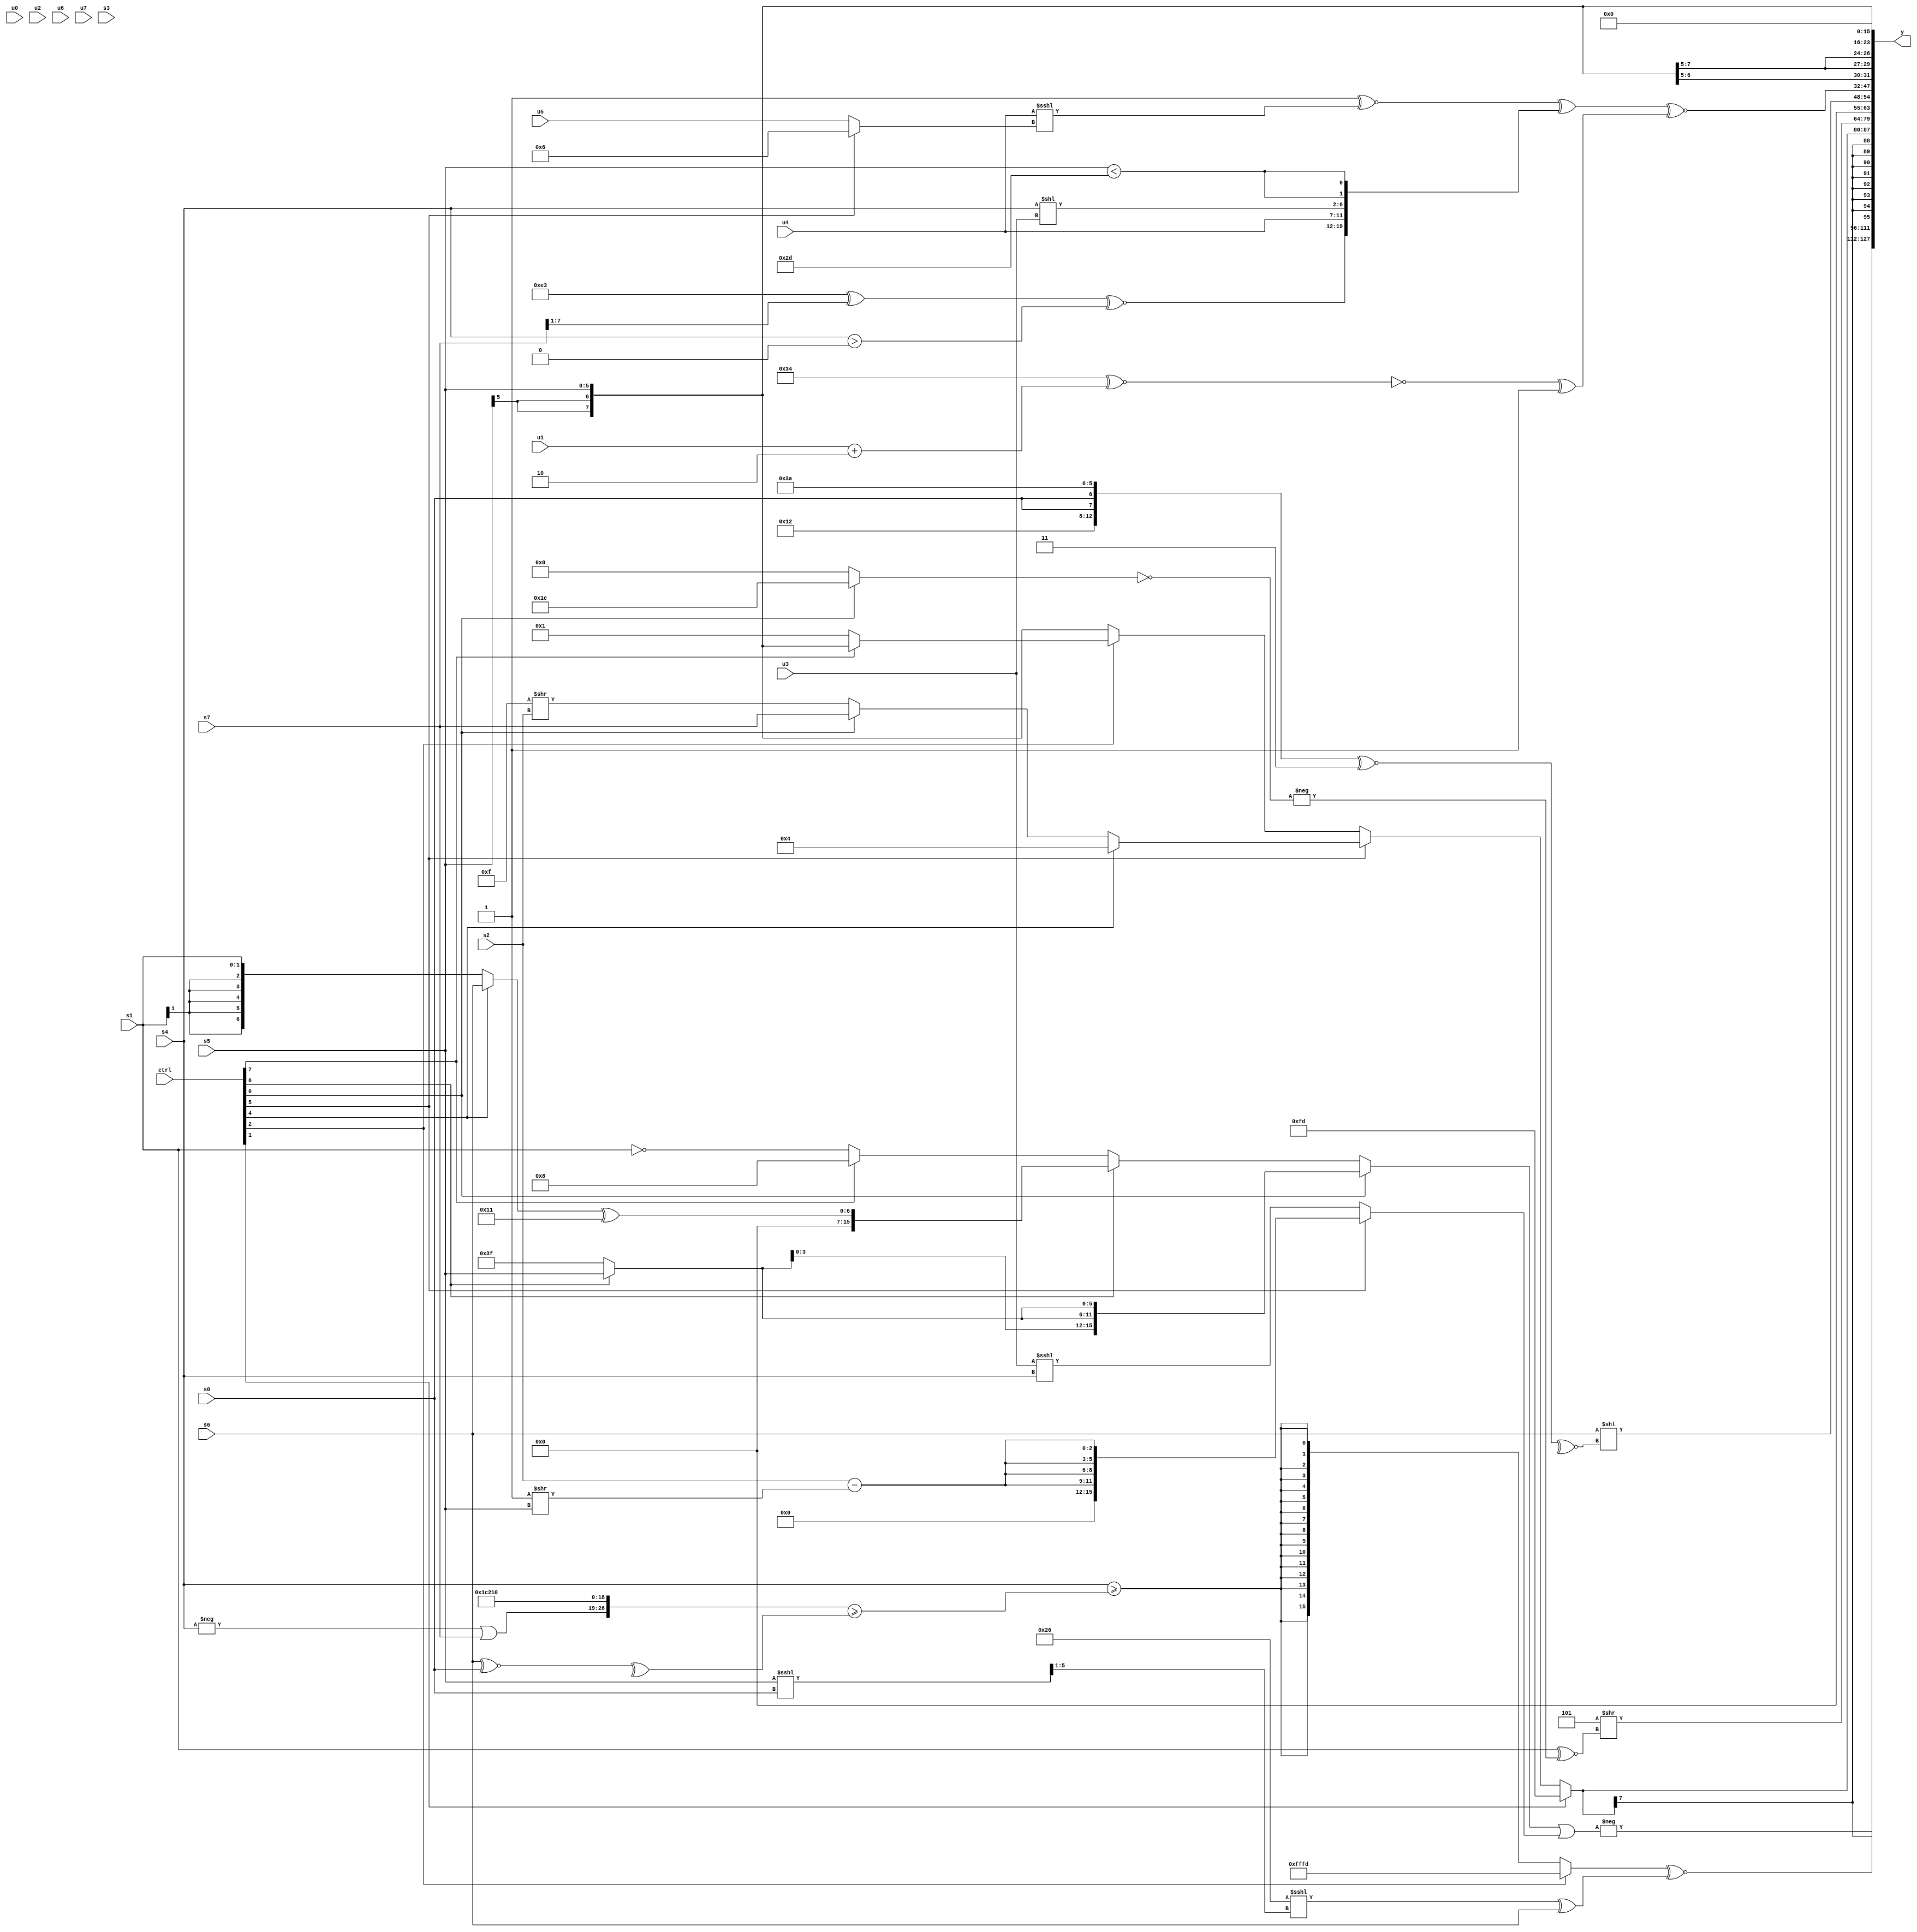
module wideexpr_00464(ctrl, u0, u1, u2, u3, u4, u5, u6, u7, s0, s1, s2, s3, s4, s5, s6, s7, y);
  input [7:0] ctrl;
  input [0:0] u0;
  input [1:0] u1;
  input [2:0] u2;
  input [3:0] u3;
  input [4:0] u4;
  input [5:0] u5;
  input [6:0] u6;
  input [7:0] u7;
  input signed [0:0] s0;
  input signed [1:0] s1;
  input signed [2:0] s2;
  input signed [3:0] s3;
  input signed [4:0] s4;
  input signed [5:0] s5;
  input signed [6:0] s6;
  input signed [7:0] s7;
  output [127:0] y;
  wire [15:0] y0;
  wire [15:0] y1;
  wire [15:0] y2;
  wire [15:0] y3;
  wire [15:0] y4;
  wire [15:0] y5;
  wire [15:0] y6;
  wire [15:0] y7;
  assign y = {y0,y1,y2,y3,y4,y5,y6,y7};
  assign y0 = {2{-($signed(((ctrl[0]?{4{(ctrl[6]?s5:2'sb11)}}:(ctrl[6]?$unsigned(((ctrl[4]?s6:s1))^($signed(5'b10001))):(ctrl[7]?4'sb1000:~(+(s1))))))|((ctrl[5]?$unsigned({4{(s2)-((1'b1)>>(s5))}}):(u3)<<<(s4)))))}};
  assign y1 = ((ctrl[2]?3'sb101:$signed((s4)>=(({(-(s4))|(s7),+(+(4'sb0011)),+({3{5'sb10000}})})>=(^((s6)^~(+(s0))))))))^~(((6'sb100110)<<<(((s5)<<<(s0))>>(|(4'sb0101))))^(s6));
  assign y2 = $signed((ctrl[1]?3'sb101:(ctrl[5]?(ctrl[4]?5'sb00100:(ctrl[0]?s7:(6'sb001111)>>(s2))):(ctrl[2]?(ctrl[7]?$signed(s5):3'sb001):s5))));
  assign y3 = ($signed(3'sb101))>>((s1)^~(-(!((ctrl[0]?5'b11110:2'sb00)))));
  assign y4 = $unsigned((s6)<<($signed(~^(({6'sb010010,{2{s0}},6'sb111010})^~(2'sb11)))));
  assign y5 = ((($unsigned(2'sb01))^~((u4)<<<($signed((ctrl[5]?3'sb110:u5)))))^({(((6'sb011101)^~(2'b01))^((s7)>>(1'sb1)))^~(($signed(s4))>((1'sb0)>>>(5'b11001))),u4,$signed($signed((s4)<<(u3))),{2{({s5})<(~(5'b10010))}}}))^~((~($signed(($signed(6'sb110100))^~((u1)+(3'sb010)))))^(2'sb01));
  assign y6 = +(+(s5));
  assign y7 = ($signed(2'sb00))<<<(~|((4'sb1101)+(6'sb101010)));
endmodule